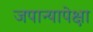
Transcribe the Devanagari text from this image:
जपान्यापेक्षा